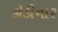
કોડીનાર